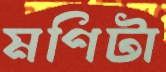
মণিটা